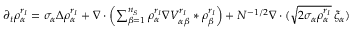
\begin{array} { r l } & { \partial _ { t } { \rho _ { \alpha } ^ { r _ { I } } } = \sigma _ { \alpha } \Delta { \rho _ { \alpha } ^ { r _ { I } } } + \nabla \cdot \left( \sum _ { \beta = 1 } ^ { n _ { S } } { \rho _ { \alpha } ^ { r _ { I } } } \nabla { V _ { \alpha \beta } ^ { r _ { I } } } \ast { \rho _ { \beta } ^ { r _ { I } } } \right) + N ^ { - 1 / 2 } \nabla \cdot ( \sqrt { 2 \sigma _ { \alpha } { \rho _ { \alpha } ^ { r _ { I } } } } \, \xi _ { \alpha } ) } \end{array}